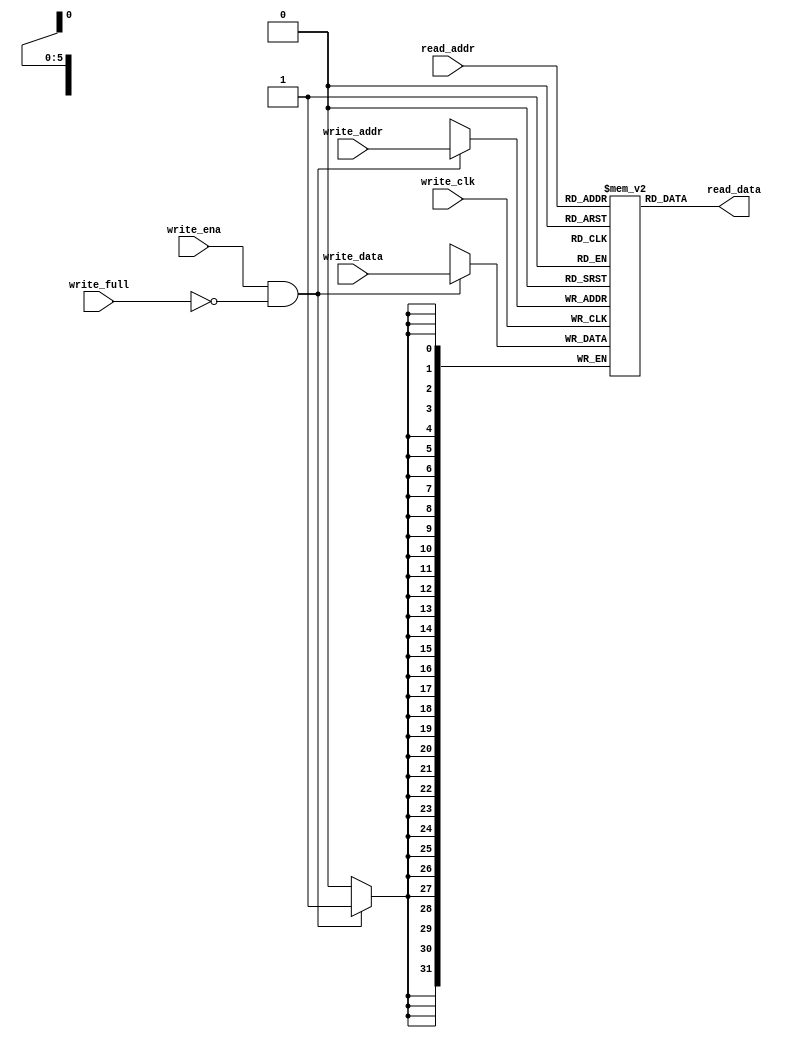
module asyn_fifo_ram 
#(
    parameter DATA_WIDTH = 32,
    parameter ADDR_WIDTH = 6
)
(
    output wire [DATA_WIDTH-1:0] read_data,
    input wire [DATA_WIDTH-1:0] write_data,
    input wire [ADDR_WIDTH-1:0] read_addr,
    input wire [ADDR_WIDTH-1:0] write_addr,

    input wire write_clk,
    input wire write_full,
    input wire write_ena
);

    localparam DEPTH = 1<<ADDR_WIDTH;
    reg [DATA_WIDTH-1:0] ram[DEPTH-1:0];

    assign read_data = ram[read_addr];

    always @(posedge write_clk) begin
        if (write_ena && !write_full) begin
            ram[write_addr] <= write_data;
        end
    end
endmodule